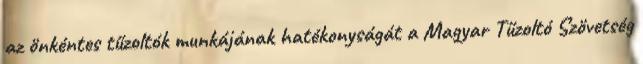
az önkéntes tűzoltók munkájának hatékonyságát a Magyar Tűzoltó Szövetség